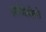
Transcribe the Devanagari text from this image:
एमीगेमिनो